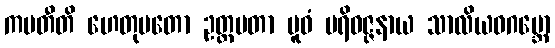
ကမတီတိ ဟေတုမတော ဥတ္တမတာ ပူဝံ ပရိဝဇ္ဇနာယ သာလိယဝဂဗ္ဘော